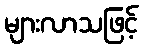
များလာသဖြင့်